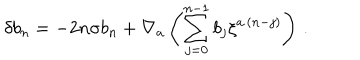
\delta b _ { n } = - 2 n \sigma b _ { n } + \nabla _ { a } \left( \sum _ { j = 0 } ^ { n - 1 } b _ { j } \xi ^ { a \, ( n - j ) } \right) \, .